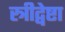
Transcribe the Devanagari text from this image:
स्त्रीद्वेष्टा